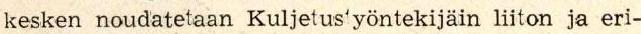
kesken noudatetaan Kuljetus'yöntekijäin liiton ja eri-